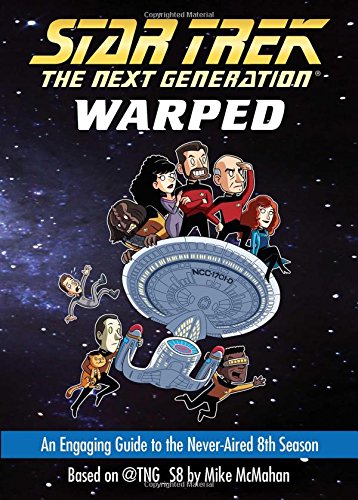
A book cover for Warped: An Engaging Guide to the Never-Aired 8th Season (Star Trek: The Next Generation); Mike McMahan; Science Fiction & Fantasy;